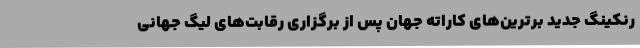
رنکینگ جدید برترین‌های کاراته جهان پس از برگزاری رقابت‌های لیگ جهانی